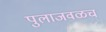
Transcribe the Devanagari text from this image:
पुलाजवळच